Leaving Certificate Examination, 1909
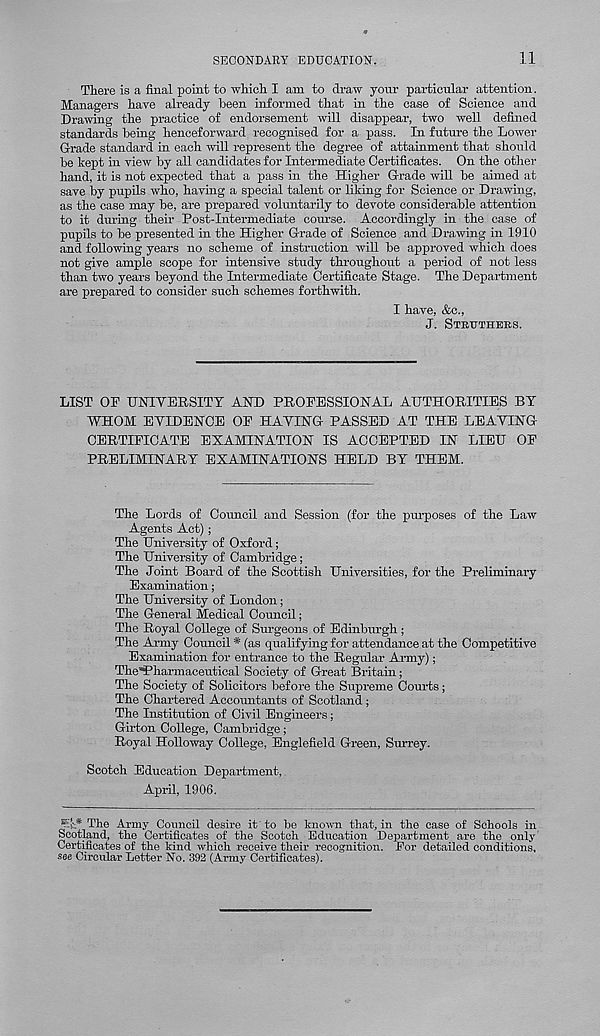
SECONDARY EDUCATION.
11
There is a final point to which I am to draw your particular attention.
Managers have already been informed that in the case of Science and
Drawing the practice of endorsement will disappear, two well defined
standards being henceforward recognised for a pass. In future the Lower
Grade standard in each will represent the degree of attainment that should
be kept in view by all candidates for Intermediate Certificates. On the other
hand, it is not expected that a pass in the Higher Grade will be aimed at
save by pupils who, having a special talent or liking for Science or Drawing,
as the case may be, are prepared voluntarily to devote considerable attention
to it during their Post-Intermediate course. Accordingly in the case of
pupils to be presented in the Higher Grade of Science and Drawing in 1910
and following years no scheme of instruction will be approved which does
not give ample scope for intensive study throughout a period of not less
than two years beyond the Intermediate Certificate Stage. The Department
are prepared to consider such schemes forthwith.
I have, &c.,
J. STRUTHERS.
LIST OP UNIYERSITY AND PROFESSIONAL AUTHORITIES BY
WHOM EYIDENOE OP HAVING PASSED AT THE LEAVING
CERTIPICATE EXAMINATION IS ACCEPTED IN LIEU OP
PRELIMINARY EXAMINATIONS HELD BY THEM.
The Lords of Council and Session (for the purposes of the Law
Agents Act);
The University of Oxford;
The University of Cambridge;
The Joint Board of the Scottish Universities, for the Preliminary
Examination;
The University of London;
The General Medical Council;
The Royal College of Surgeons of Edinburgh;
The Army Council * (as qualifying for attendance at the Competitive
Examination for entrance to the Regular Army);
The’Pharmaceutical Society of Great Britain;
The Society of Solicitors before the Supreme Courts;
The Chartered Accountants of Scotland;
The Institution of Civil Engineers ;
Girton College, Cambridge;
Royal Holloway College, Englefield Green, Surrey.
Scotch Education Department,
April, 1906.
JY* The Army Council desire it to be known that, in the case of Schools in
Scotland, the Certificates of the Scotch Education Department are the only
Certificates of the kind which receive their recognition. Por detailed conditions,
see Circular Letter No. 392 (Army Certificates).